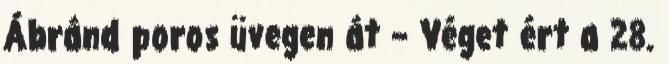
Ábránd poros üvegen át – Véget ért a 28.